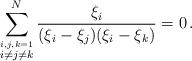
LaTeX: \begin{align*}\sum_{\stackrel{i,j,k=1}{i\neq j\neq k}}^{N}\frac{\xi_{i}}{(\xi_{i}-\xi_{j})(\xi_{i}-\xi_{k})}=0 \,.\end{align*}